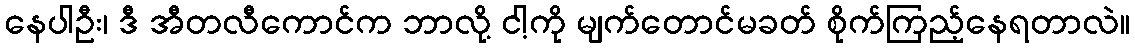
နေပါဦး၊ ဒီ အီတလီကောင်က ဘာလို့ ငါ့ကို မျက်တောင်မခတ် စိုက်ကြည့်နေရတာလဲ။